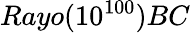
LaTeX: Rayo(10^{100})BC